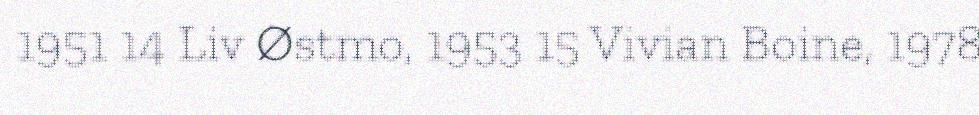
1951 14 Liv Østmo, 1953 15 Vivian Boine, 1978